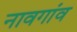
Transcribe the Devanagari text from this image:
नावगांव